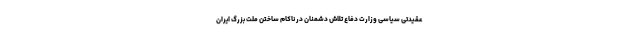
عقیدتی سیاسی وزارت دفاع تلاش دشمنان در ناکام ساختن ملت بزرگ ایران